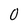
Character: 0